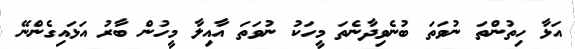
އަޅާ ހިތުންތަ ނުވަތަ ބުނެވިދާނެތަ މީހަކު ނުވަތަ އާއިލާ މީހުން ބާރު އަޅައިގެންނޭ